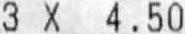
3 X 4.50